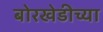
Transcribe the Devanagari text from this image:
बोरखेडीच्या